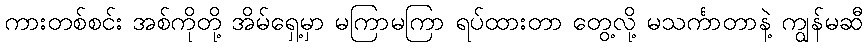
ကားတစ်စင်း အစ်ကိုတို့ အိမ်ရှေ့မှာ မကြာမကြာ ရပ်ထားတာ တွေ့လို့ မသင်္ကာတာနဲ့ ကျွန်မဆီ